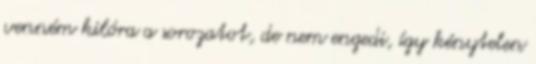
venném kilóra a sorozatot, de nem engedi, így kénytelen